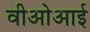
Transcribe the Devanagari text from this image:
वीओआई